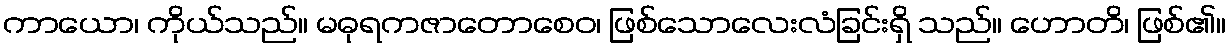
ကာယော၊ ကိုယ်သည်။ မဓုရကဇာတောစေဝ၊ ဖြစ်သောလေးလံခြင်းရှိ သည်။ ဟောတိ၊ ဖြစ်၏။